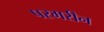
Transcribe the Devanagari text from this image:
परमरीन